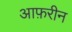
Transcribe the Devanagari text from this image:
आफ़रीन